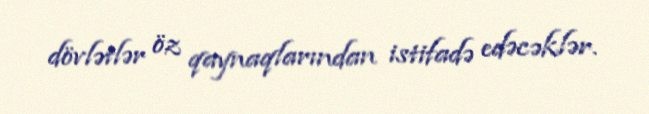
dövlətlər öz qaynaqlarından istifadə edəcəklər.